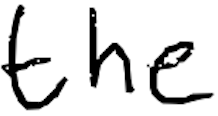
Text: the
Cross-out: clean
Writing tool: digital_black